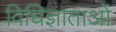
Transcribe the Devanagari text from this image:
विधिज्ञाताओं